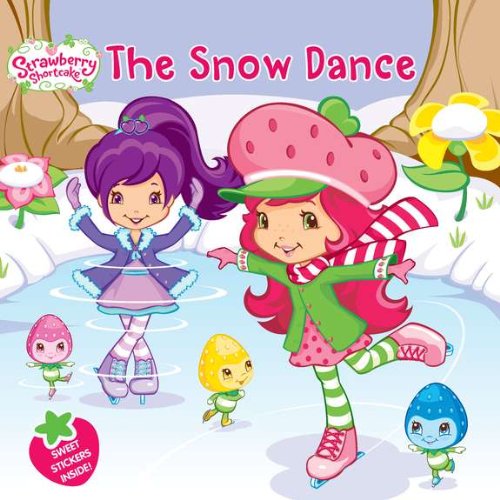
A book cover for The Snow Dance (Strawberry Shortcake); Amy Ackelsberg; Children's Books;